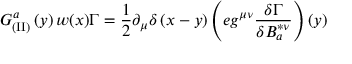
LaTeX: { \cal G } _ { ( \mathrm { I I } ) } ^ { a } \left( y \right) w ( x ) \Gamma = \frac 1 2 \partial _ { \mu } \delta \left( x - y \right) \left( e g ^ { \mu \nu } \frac { \delta \Gamma } { \delta B _ { a } ^ { * \nu } } \right) \left( y \right)